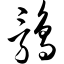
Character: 鹑